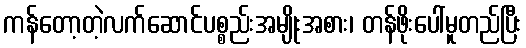
ကန်တော့တဲ့လက်ဆောင်ပစ္စည်းအမျိုးအစား၊ တန်ဖိုးပေါ်မူတည်ပြီး